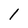
Character: 1